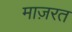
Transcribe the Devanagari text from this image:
माज़रत